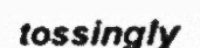
tossingly